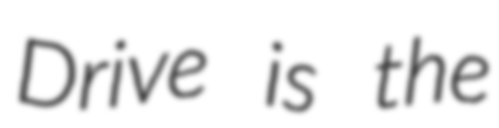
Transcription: Drive is the